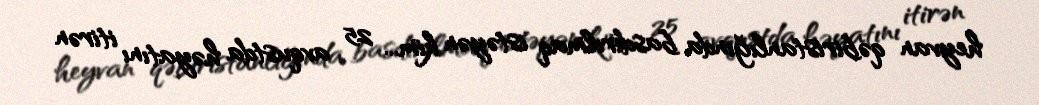
heyvan qəbiristanlığında basdırılmaq istəyən kim... 25 avqustda həyatını itirən